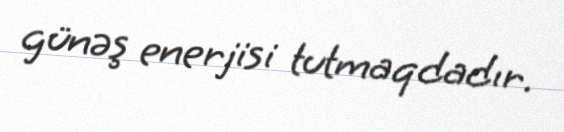
günəş enerjisi tutmaqdadır.